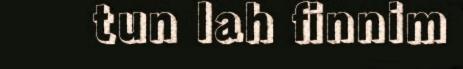
tun lah finnim